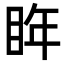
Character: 𭾮